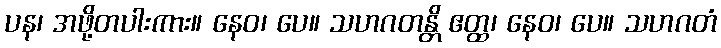
ပန၊ အဖို့တပါးကား။ နေဝ၊ ပေ။ သဟဂတန္တိ ဧတ္ထ၊ နေဝ၊ ပေ။ သဟဂတံ